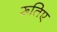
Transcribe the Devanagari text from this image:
रूतिए